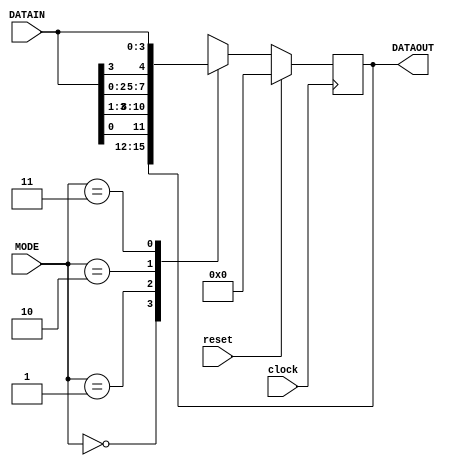
`timescale 1ns / 1ps
//////////////////////////////////////////////////////////////////////////////////
// Company: 
// Engineer: 
// 
// Design Name: 
// Module Name: universal_shift_reg
// Project Name: 
// Target Devices: 
// Tool Versions: 
// Description: 
// 
// Dependencies: 
// 
// Revision:
// Revision 0.01 - File Created
// Additional Comments:
// 
//////////////////////////////////////////////////////////////////////////////////


module universal_shift_reg(DATAOUT, clock, reset, MODE, DATAIN);
  output reg [3:0] DATAOUT;
  input clock, reset;
  input [1:0] MODE;
  input [3:0] DATAIN;
  
  always @(posedge clock)
  begin
    if(reset)
      DATAOUT <= 0;
    else
      begin
        case(MODE)
          2'b00 : DATAOUT <= DATAOUT;      // locked mode, do nothing
          2'b01 : DATAOUT <= {DATAIN[0], DATAIN[3:1]};//DATAOUT >> 1; 
          2'b10 : DATAOUT <= {DATAIN[2:0], DATAIN[3]};//DATAOUT << 1; 
          2'b11 : DATAOUT <= DATAIN;       // parallel in parallel out
        endcase
      end
  end
  
endmodule